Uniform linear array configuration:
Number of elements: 16
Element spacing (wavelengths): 0.25
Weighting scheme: uniform
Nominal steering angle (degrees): -45
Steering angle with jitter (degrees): -43.662
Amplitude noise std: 0.05
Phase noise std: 0.05

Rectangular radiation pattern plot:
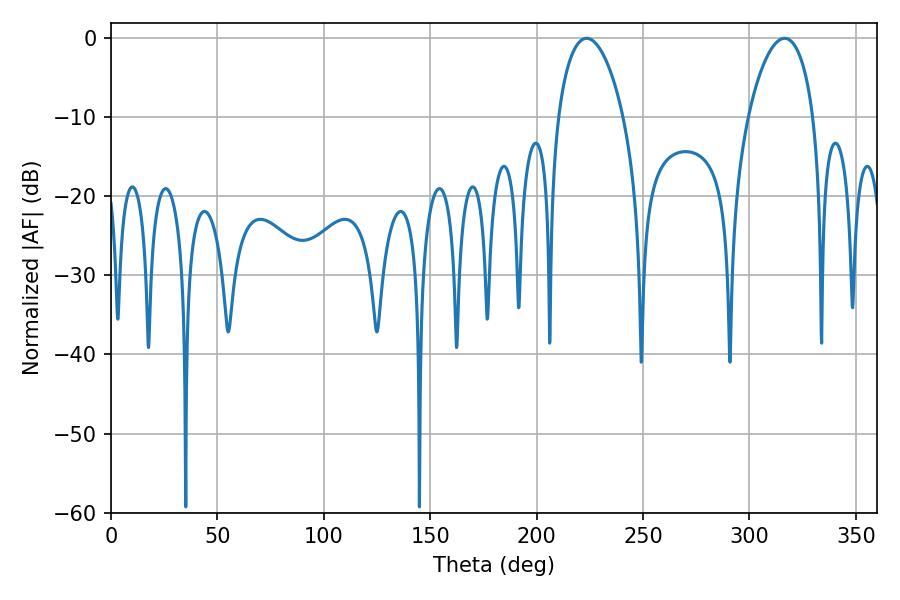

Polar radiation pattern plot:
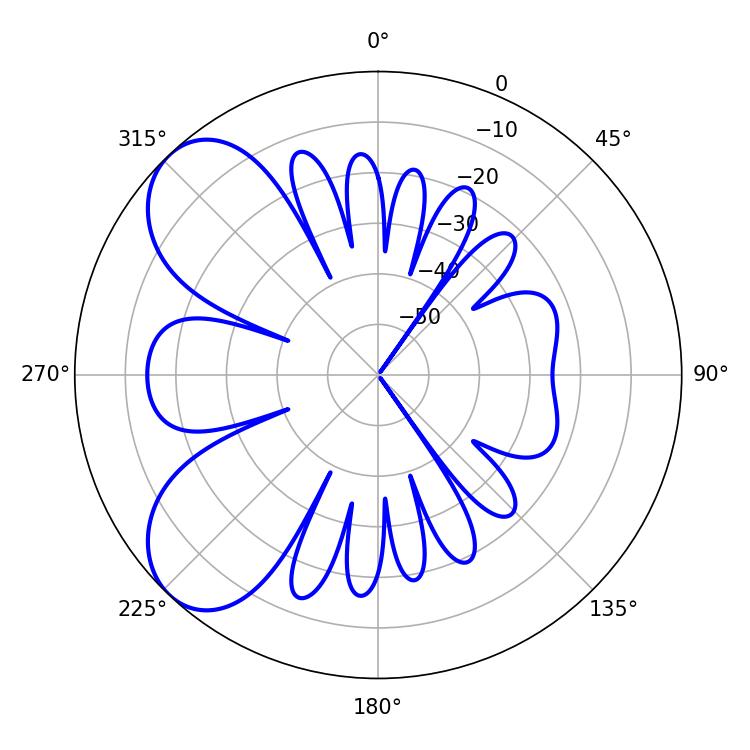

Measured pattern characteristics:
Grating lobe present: FALSE
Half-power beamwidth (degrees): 17.46
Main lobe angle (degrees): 223.56